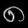
Digit: ၈